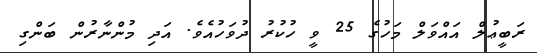
ރަބީޢުލް އައްވަލް މަހުގެ 25 ވީ ހުކުރު ދުވަހުއެވެ. އަދި މުންނާރުން ބަންގި